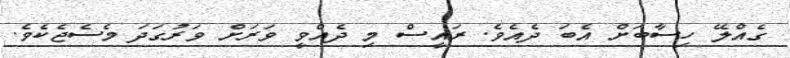
ގެއްލޭ ހިސާބަށް އެބަ ދެއެވެ. ރައީސް މި ދެއްވީ ވަރަށް ވަރުގަދަ މެސެޖެކެވެ.